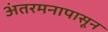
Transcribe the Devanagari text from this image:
अंतरमनापासून